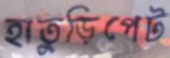
হাতুড়িপেট